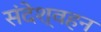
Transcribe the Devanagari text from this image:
संदेश्वहन